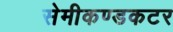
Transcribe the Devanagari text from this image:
सेमीकण्डकटर